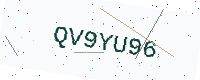
Text: QV9YU96